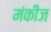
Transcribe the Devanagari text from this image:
मंकीज